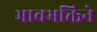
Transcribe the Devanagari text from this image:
भावभक्तिने